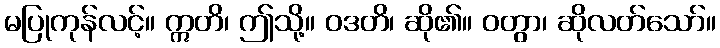
မပြုကုန်လင့်။ ဣတိ၊ ဤသို့။ ဝဒတိ၊ ဆို၏။ ဝတွာ၊ ဆိုလတ်သော်။